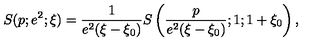
S ( p ; e ^ { 2 } ; \xi ) = \frac { 1 } { e ^ { 2 } ( \xi - \xi _ { 0 } ) } S \left( \frac { p } { e ^ { 2 } ( \xi - \xi _ { 0 } ) } ; 1 ; 1 + \xi _ { 0 } \right) ,